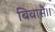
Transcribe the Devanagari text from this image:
बिवासै।।